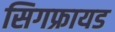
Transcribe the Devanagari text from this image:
सिगफ्रायड